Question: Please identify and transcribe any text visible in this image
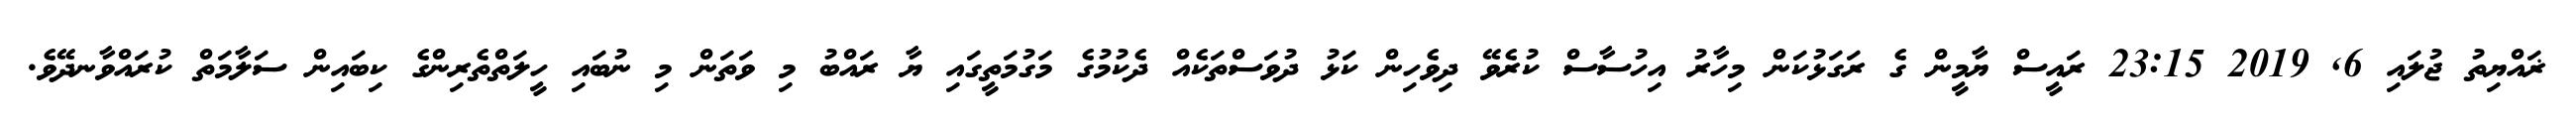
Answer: ޜައްޔިތު ޖުލައި 6, 2019 23:15 ރައީސް ޔާމީން ގެ ރަގަޅުކަން މިހާރު އިހުސާސް ކުރެވޭ ދިވެހިން ކަޅު ދުވަސްތަކެއް ދެކުމުގެ މަގުމަތީގައި ޔާ ރައްބު މި ވަތަން މި ނުބައި ހީލަތްތެރިންގެ ކިބައިން ސަލާމަތް ކުރައްވާނދޭވެ.